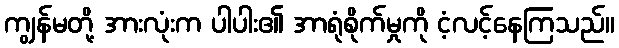
ကျွန်မတို့ အားလုံးက ပါပါး၏ အာရုံစိုက်မှုကို ငံ့လင့်နေကြသည်။